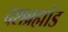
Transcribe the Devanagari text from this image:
दशब्रह्मांड